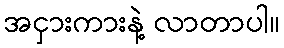
အငှားကားနဲ့ လာတာပါ။